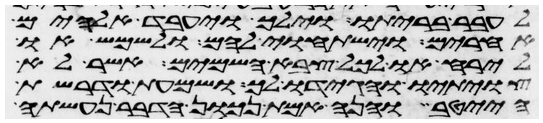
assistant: לעבר בריתו וילך ויעבד אלהים
אחרים וישתחוי להם ולשמש או
לירח או לכל צבא השמים אשר לא
צויתיו והגידו לך ושמעת ודרשת
הייטב והנה אמת נכון הדבר נעשתה